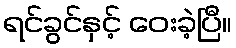
ရင်ခွင်နှင့် ဝေးခဲ့ပြီ။